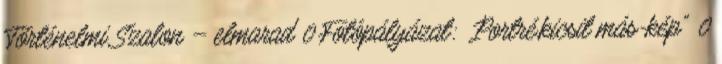
Történelmi Szalon – elmarad 0 Fotópályázat: „Portré,kicsit más-kép” 0